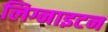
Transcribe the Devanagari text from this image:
लिग्नाइटन